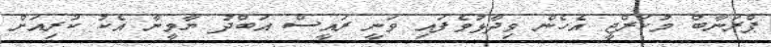
ޕްރަނާބް މުކަރްޖީ އެހެން ވިދާޅުވެފައި ވަނީ ރައީސް އަބްދު ޔާމީނާ އެކު ކުރިއަށް